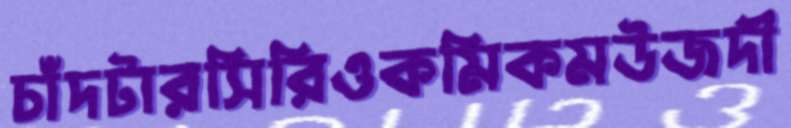
চাঁদটারসিরিওকমিকমউজদী